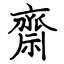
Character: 齋